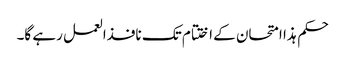
حکم ہذا امتحان کے اختتام تک نافذالعمل رہے گا۔